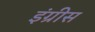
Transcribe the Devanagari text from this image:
इंग्रीस